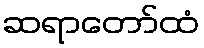
ဆရာတော်ထံ